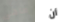
ماهى أن